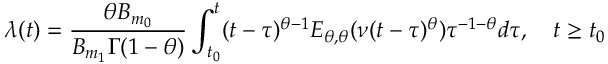
\lambda ( t ) = \frac { \theta B _ { m _ { 0 } } } { B _ { m _ { 1 } } \Gamma ( 1 - \theta ) } \int _ { t _ { 0 } } ^ { t } ( t - \tau ) ^ { \theta - 1 } E _ { \theta , \theta } ( \nu ( t - \tau ) ^ { \theta } ) \tau ^ { - 1 - \theta } d \tau , \quad t \geq t _ { 0 }